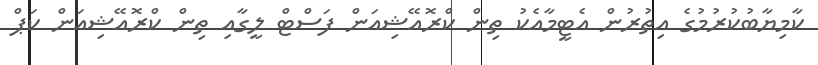
ކާމިޔާބުކުރުމުގެ އިތުރުން އެޓީމާއެކު ތިން ކްރޮއޭޝިއަން ފަސްޓް ލީގާއި ތިން ކްރޮއޭޝިއަން ކަޕް